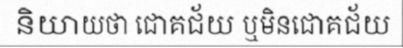
និយាយថា ជោគជ័យ ឬមិនជោគជ័យ